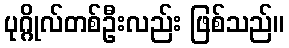
ပုဂ္ဂိုလ်တစ်ဦးလည်း ဖြစ်သည်။